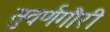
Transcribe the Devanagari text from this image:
सुवर्णगौरी